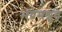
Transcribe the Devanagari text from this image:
भद्रमश्नुते